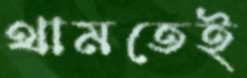
থামতেই